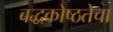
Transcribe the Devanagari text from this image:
बद्धकोष्ठतेचा